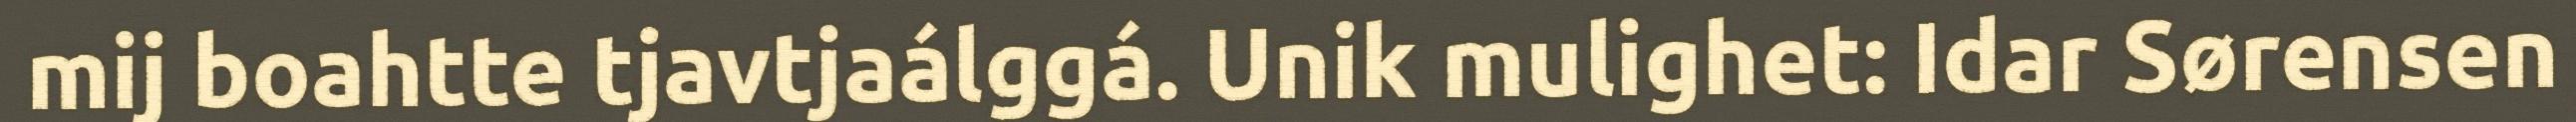
mij boahtte tjavtjaálggá. Unik mulighet: Idar Sørensen